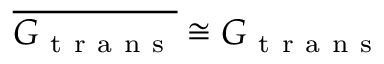
\overline { { G _ { \mathrm { ~ t ~ r ~ a ~ n ~ s ~ } } } } \cong G _ { \mathrm { ~ t ~ r ~ a ~ n ~ s ~ } }